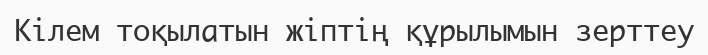
Кілем тоқылатын жіптің құрылымын зерттеу